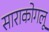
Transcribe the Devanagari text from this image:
साराकोगलू